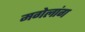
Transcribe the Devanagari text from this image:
मगेलांग